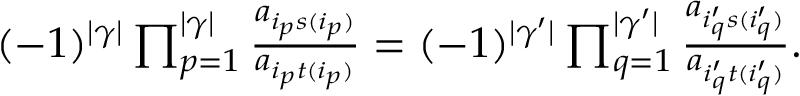
\begin{array} { r } { ( - 1 ) ^ { | \gamma | } \prod _ { p = 1 } ^ { | \gamma | } \frac { a _ { i _ { p } s ( i _ { p } ) } } { a _ { i _ { p } t ( i _ { p } ) } } = ( - 1 ) ^ { | \gamma ^ { \prime } | } \prod _ { q = 1 } ^ { | \gamma ^ { \prime } | } \frac { a _ { i _ { q } ^ { \prime } s ( i _ { q } ^ { \prime } ) } } { a _ { i _ { q } ^ { \prime } t ( i _ { q } ^ { \prime } ) } } . } \end{array}